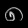
Digit: ၈